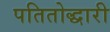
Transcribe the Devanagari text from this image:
पतितोद्धारी